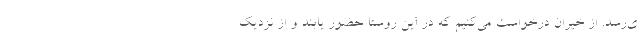
ی‌رسد. از خیران درخواست می‌کنیم که در این روستا حضور یابند و از نزدیک